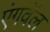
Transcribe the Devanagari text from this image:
एंगवॅल